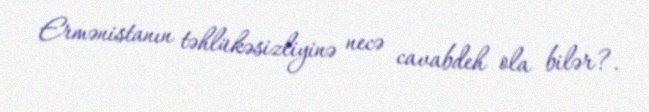
Ermənistanın təhlükəsizliyinə necə cavabdeh ola bilər?.